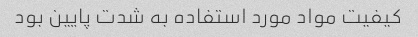
کیفیت مواد مورد استفاده به شدت پایین بود